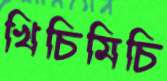
খিচিমিচি